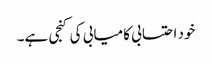
خود احتسابی کامیابی کی کنجی ہے۔